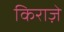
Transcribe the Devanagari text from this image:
किराज़े